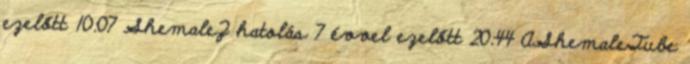
ezelőtt 10:07 ShemaleZ hatolás 7 évvel ezelőtt 20:44 AShemaleTube